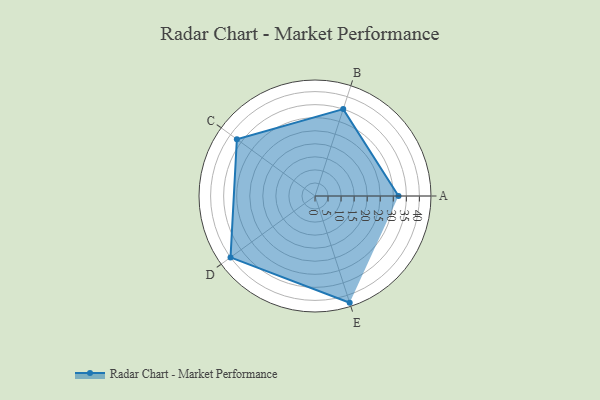
{"axis": {"x": "Skill", "y": "Score"}, "legend": ["Profile"], "data": [{"x": "A", "y": 32.0, "type": "Profile"}, {"x": "B", "y": 35.0, "type": "Profile"}, {"x": "C", "y": 37.0, "type": "Profile"}, {"x": "D", "y": 40.0, "type": "Profile"}, {"x": "E", "y": 43.0, "type": "Profile"}]}